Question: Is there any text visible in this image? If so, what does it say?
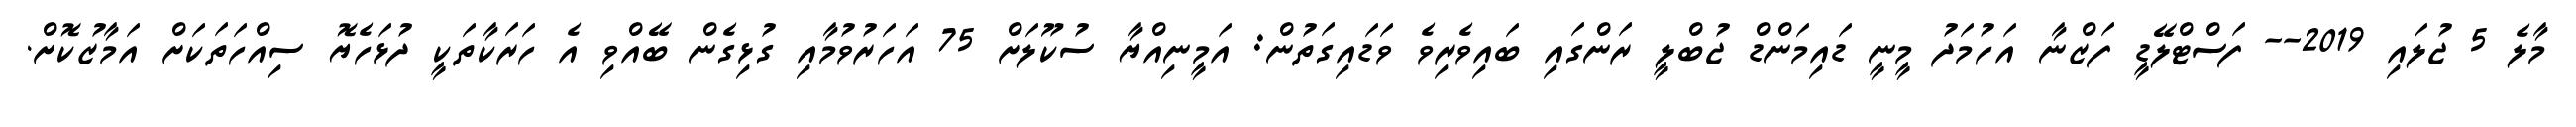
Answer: މާލެ 5 ޖުލައި 2019-- ފަސްޓްލޭޑީ ފަޒްނާ އަހުމަދު މީނީ ޑައިމަންޑް ޖުބްލީ ރަންގައި ބައިވެރިވެ ވަޑައިގަތުން: އަމީނިއްޔާ ސުކޫލަށް 75 އަހަރުވުމާއި ގުޅިގެން ބޭއްވި އެ ހަރަކާތަކީ ދުޅަހެޔޮ ސިއްހަތަކަށް އަމާޒުކޮށް.